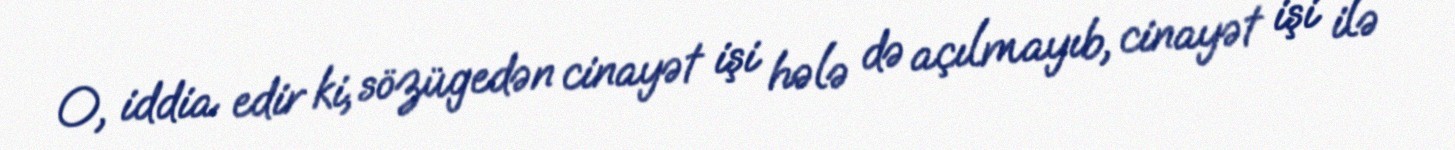
O, iddia edir ki, sözügedən cinayət işi hələ də açılmayıb, cinayət işi ilə